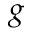
g